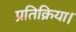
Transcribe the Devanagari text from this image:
प्रतिक्रिया।